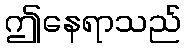
ဤနေရာသည်